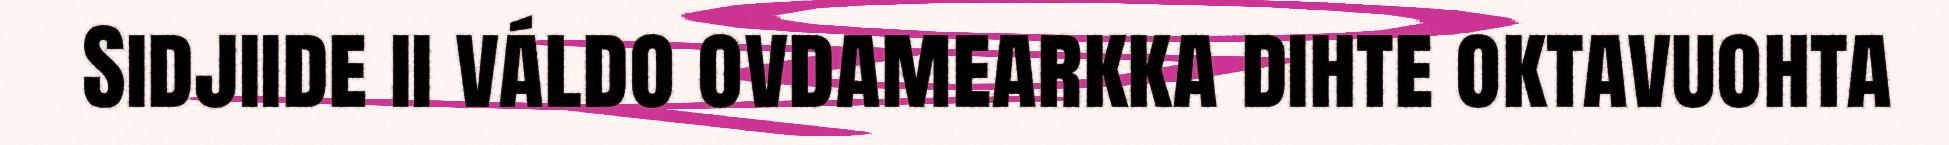
Sidjiide ii váldo ovdamearkka dihte oktavuohta